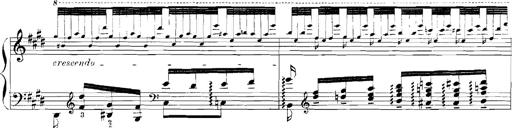
Title: Rhapsodies hongroises
Composer: Franz Liszt